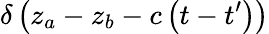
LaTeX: \delta\left(z_{a}-z_{b}-c\left(t-t^{\prime}\right)\right)